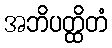
အဘိပတ္ထိတံ